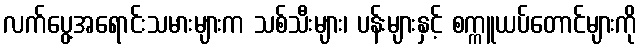
လက်ပွေ့အရောင်းသမားများက သစ်သီးများ၊ ပန်းများနှင့် စက္ကူယပ်တောင်များကို